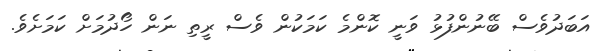
އަބަދުވެސް ބޭނުންފުޅު ވަނީ ކޮންމެ ކަމަކުން ވެސް ރީތި ނަން ހޯދުމަށް ކަމަށެވެ.